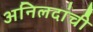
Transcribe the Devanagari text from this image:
अनिलदांची